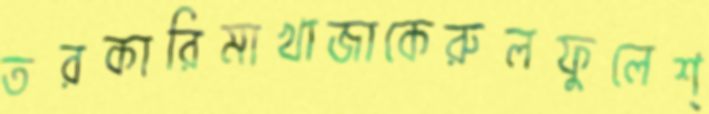
তরকারিমাখাজাকেরুলফুলেশ্